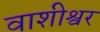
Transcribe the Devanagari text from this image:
वाशीश्वर